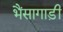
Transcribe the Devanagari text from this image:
भैंसागाड़ी